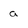
Character: a